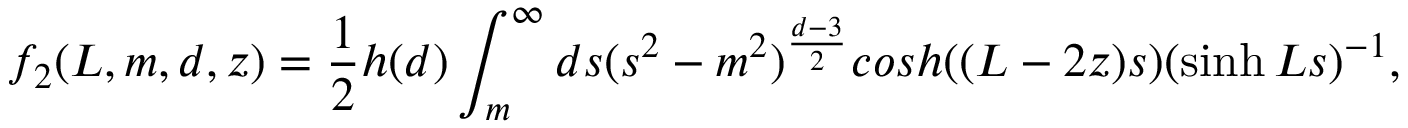
f _ { 2 } ( L , m , d , z ) = \frac { 1 } { 2 } h ( d ) \int _ { m } ^ { \infty } d s ( s ^ { 2 } - m ^ { 2 } ) ^ { \frac { d - 3 } { 2 } } c o s h ( ( L - 2 z ) s ) ( \sinh L s ) ^ { - 1 } ,